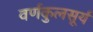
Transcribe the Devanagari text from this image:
वर्णकुलसूर्य